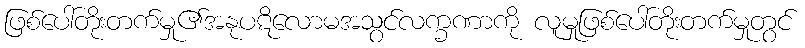
ဖြစ်ပေါ်တိုးတက်မှု၏အနုပဋိလောမအသွင်လက္ခဏာကို လူမှုဖြစ်ပေါ်တိုးတက်မှုတွင်